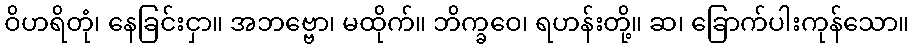
ဝိဟရိတုံ၊ နေခြင်းငှာ။ အဘဗ္ဗော၊ မထိုက်။ ဘိက္ခဝေ၊ ရဟန်းတို့။ ဆ၊ ခြောက်ပါးကုန်သော။